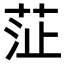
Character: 鿊